Newspaper: Rock Island Argus.
Place of publication: Rock Island, Ill.
Publisher: J.W. Potter
Date: 1900-09-08 00:00:00
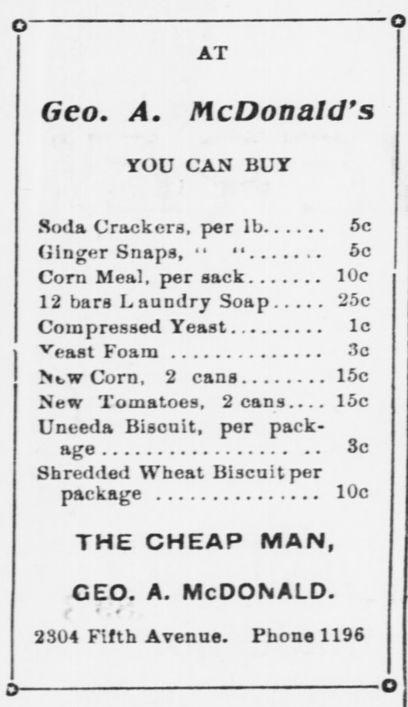
Advertisement text (OCR):
AT Geo. A. McDonald's YOU CAN BUY Soda Crackers, per lb 5c Ginger Snaps, ' ' 5c Corn Meal, per sack 10c 12 bars Laundry Soap 25c Compressed Yeast lc veaat Foam 3c Nt,wCorn. 2 cans 15c New Tomatoes, 2 cans.... 15c Uneeda Biscuit, per pack age Sc Shredded Wheat Biscaitper package 10c the cheap man, ceo. a. Mcdonald. 2304 Fifth Avenue. Phone 1196
Label: text-only